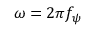
\omega = 2 \pi f _ { \psi }